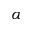
\alpha